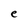
Character: e